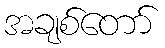
အချစ်တော်